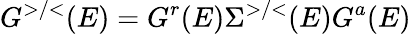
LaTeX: G^{>/<}(E)=G^{r}(E)\Sigma^{>/<}(E)G^{a}(E)